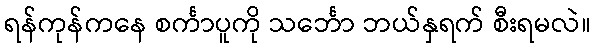
ရန်ကုန်ကနေ စင်္ကာပူကို သင်္ဘော ဘယ်နှရက် စီးရမလဲ။